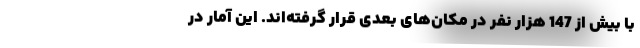
با بیش از 147 هزار نفر در مکان‌های بعدی قرار گرفته‌اند. این آمار در